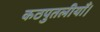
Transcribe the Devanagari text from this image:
कठपुतलीयाँ।